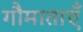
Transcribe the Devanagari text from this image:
गौमाताएँ